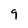
Character: 9